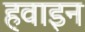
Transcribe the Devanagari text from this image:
हवाइन